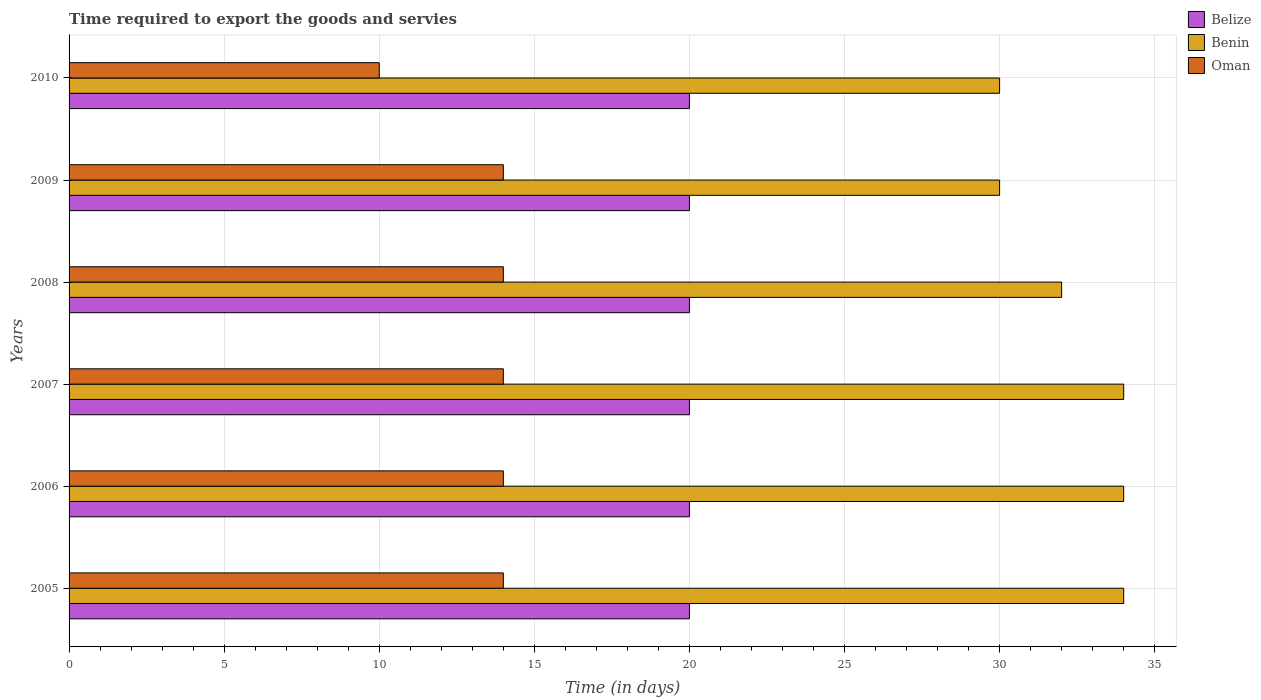
| Years | Belize | Benin | Oman |
 | --- | --- | --- | --- |
 | 2005 | 20 | 34 | 14 |
 | 2006 | 20 | 34 | 14 |
 | 2007 | 20 | 34 | 14 |
 | 2008 | 20 | 32 | 14 |
 | 2009 | 20 | 30 | 14 |
 | 2010 | 20 | 30 | 10 |